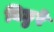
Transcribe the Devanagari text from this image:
बिछुरे